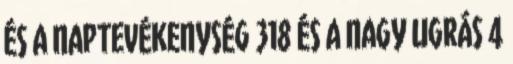
ÉS A NAPTEVÉKENYSÉG 318 ÉS A NAGY UGRÁS 4